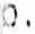
O.